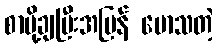
စာပို့ချပြီးအပြန် မောသတဲ့